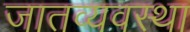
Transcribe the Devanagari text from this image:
जातव्यवस्था